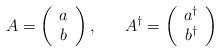
LaTeX: \begin{align*}A = \left( \begin{array}{c} a \\ b \end{array} \right), \;\;\;\;\;\;A^{\dagger} = \left( \begin{array}{c} a^{\dagger} \\ b^{\dagger} \end{array} \right)\end{align*}